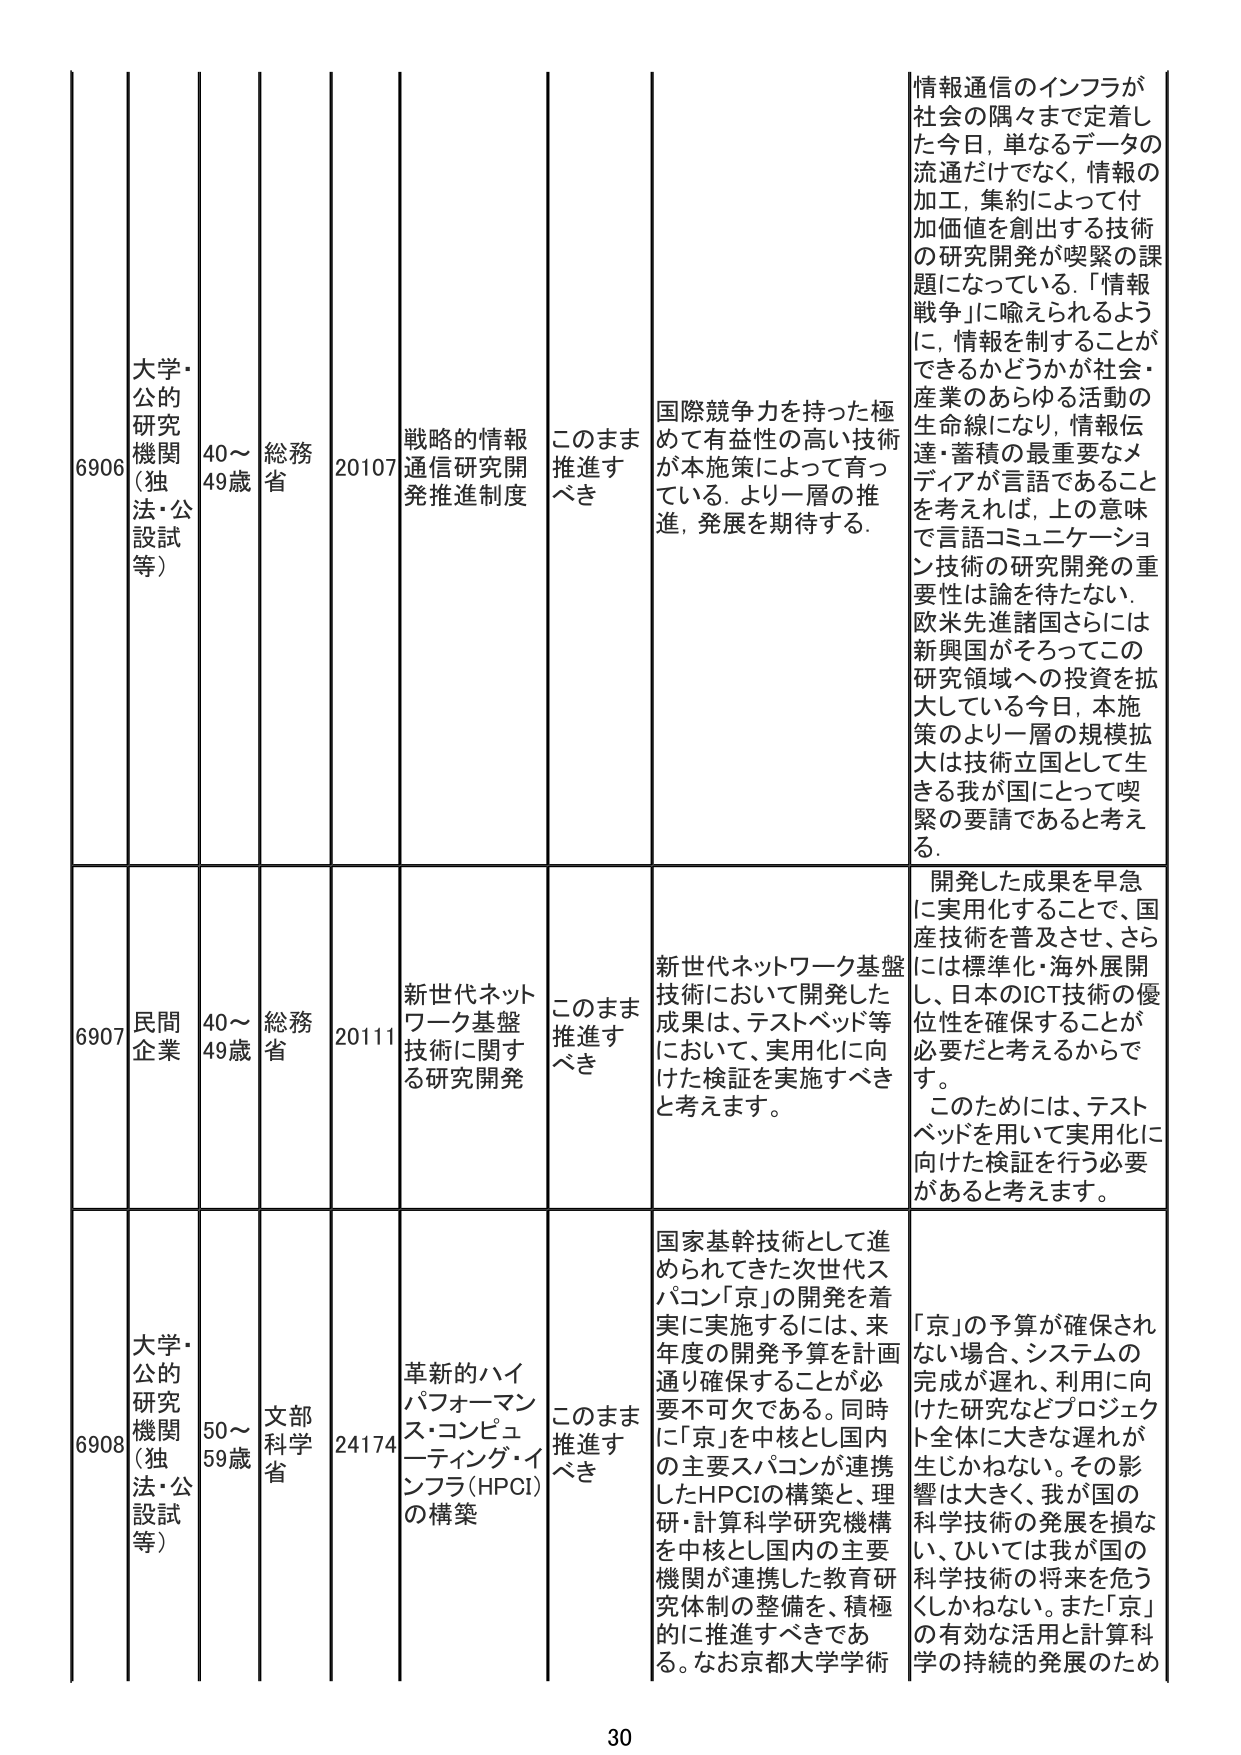
6906 大学・公的研究機関（独法・公設試等） 40～49歳 総務省 20107 戦略的情報通信研究開発推進制度 このまま推進すべき 国際競争力を持った極めて有益性の高い技術が本施策によって育っている。より一層の推進、発展を期待する。 情報通信のインフラが社会の隅々まで定着した今日、単なるデータの流通だけでなく、情報の加工、集約によって付加価値を創出する技術の研究開発が喫緊の課題になっている。「情報戦争」に喩えられるように、情報を制することができるかどうかが社会・産業のあらゆる活動の生命線になり、情報伝達・蓄積の最重要なメディアが言語であることを考えれば、上の意味で言語コミュニケーション技術の研究開発の重要性は論を待たない。欧米先進諸国さらには新興国がそろってこの研究領域への投資を拡大している今日、本施策のより一層の規模拡大は技術立国として生きる我が国にとって喫緊の要請であると考える。

6907 民間企業 40～49歳 総務省 20111 新世代ネットワーク基盤技術に関する研究開発 このまま推進すべき 新世代ネットワーク基盤技術において開発した成果は、テストベッド等において、実用化に向けた検証を実施すべきと考えます。 開発した成果を早急に実用化することで、国産技術を普及させ、さらには標準化・海外展開し、日本のICT技術の優位性を確保することが必要だと考えるからです。このためには、テストベッドを用いて実用化に向けた検証を行う必要があると考えます。

6908 大学・公的研究機関（独法・公設試等） 50～59歳 文部科学省 24174 革新的ハイパフォーマンス・コンピューティング・インフラ（HPCI）の構築 このまま推進すべき 国家基幹技術として進められてきた次世代スパコン「京」の開発を着実に実施するには、来年度の開発予算を計画通り確保することが必要不可欠である。同時に「京」を中核とし国内の主要スパコンが連携したHPCIの構築と、理研・計算科学研究機構を中核とし国内の主要機関が連携した教育研究体制の整備を、積極的に推進すべきである。なお京都大学学術 「京」の予算が確保されない場合、システムの完成が遅れ、利用に向けた研究などプロジェクト全体に大きな遅れが生じかねない。その影響は大きく、我が国の科学技術の発展を損ない、ひいては我が国の科学技術の将来を危うくしかねない。また「京」の有効な活用と計算科学の持続的発展のため

30